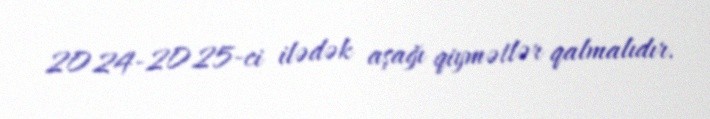
2024-2025-ci ilədək aşağı qiymətlər qalmalıdır.